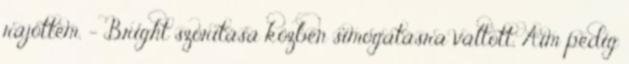
rájöttem. – Bright szorítása közben simogatásra váltott, Aim pedig